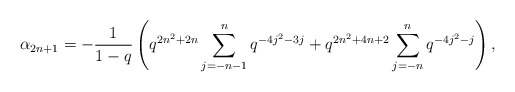
\begin{align*} \alpha_{2n+1} = -\frac{1}{1-q}\left(q^{2n^2+2n}\sum_{j=-n-1}^{n}q^{-4j^2-3j} + q^{2n^2+4n+2}\sum_{j=-n}^{n}q^{-4j^2-j}\right),\end{align*}